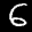
Label: 6